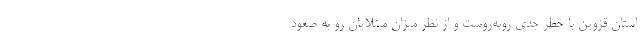
استان قزوین با خطر جدی روبه‌روست و از نظر میزان مبتلایان رو به صعود